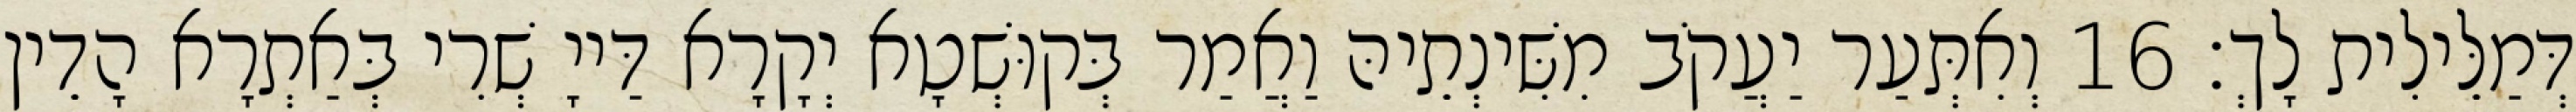
דְּמַלֵּילִית לָךְ׃ 16 וְאִתְּעַר יַעֲקֹב מִשִּׁינְתֵיהּ וַאֲמַר בְּקוּשְׁטָא יְקָרָא דַּייָ שְׁרִי בְּאַתְרָא הָדֵין